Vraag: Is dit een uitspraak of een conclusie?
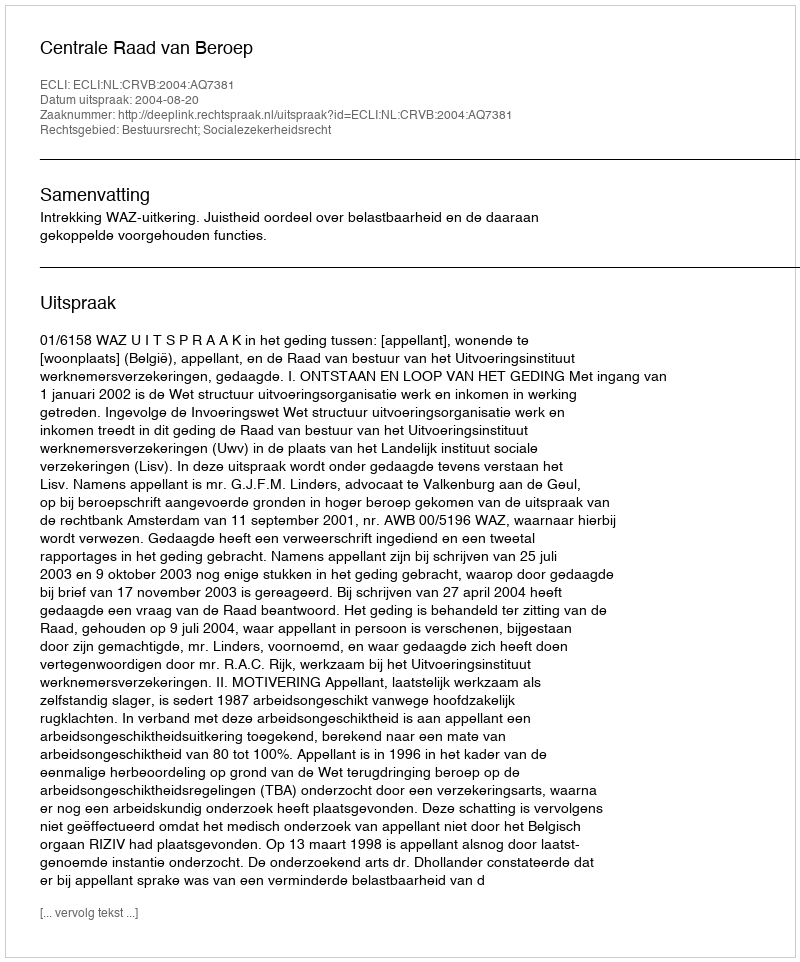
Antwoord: Uitspraak